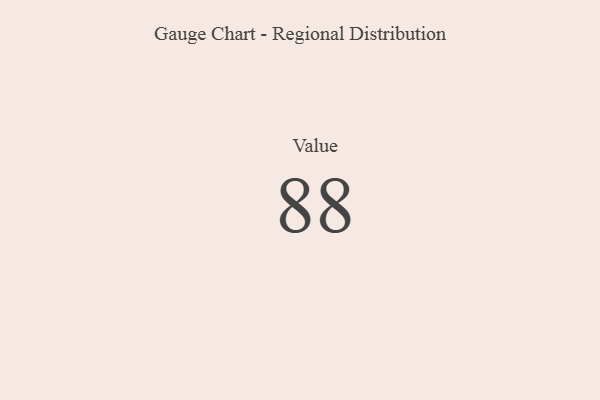
{"axis": {"x": "Metric", "y": "Value"}, "legend": [""], "data": [{"x": "Value", "y": 88, "type": ""}]}